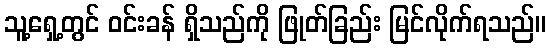
သူ့ရှေ့တွင် ဝင်းခန် ရှိသည်ကို ဖြုတ်ခြည်း မြင်လိုက်ရသည်။